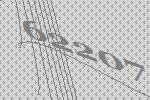
62207